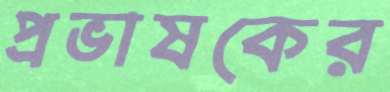
প্রভাষকের